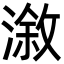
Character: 漵